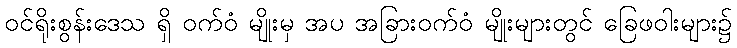
ဝင်ရိုးစွန်းဒေသ ရှိ ဝက်ဝံ မျိုးမှ အပ အခြားဝက်ဝံ မျိုးများတွင် ခြေဖဝါးများ၌